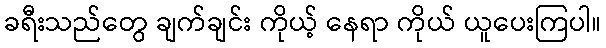
ခရီးသည်တွေ ချက်ချင်း ကိုယ့် နေရာ ကိုယ် ယူပေးကြပါ။